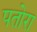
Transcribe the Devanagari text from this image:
पतोरा